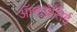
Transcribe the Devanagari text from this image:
ऑनाग्रेसिई